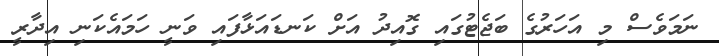
ނަމަވެސް މި އަހަރުގެ ބަޖެޓުގައި ގޮއިދު އަށް ކަނޑައަޅާފައި ވަނީ ހަމައެކަނި އިދާރީ